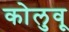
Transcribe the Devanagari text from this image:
कोलुवू